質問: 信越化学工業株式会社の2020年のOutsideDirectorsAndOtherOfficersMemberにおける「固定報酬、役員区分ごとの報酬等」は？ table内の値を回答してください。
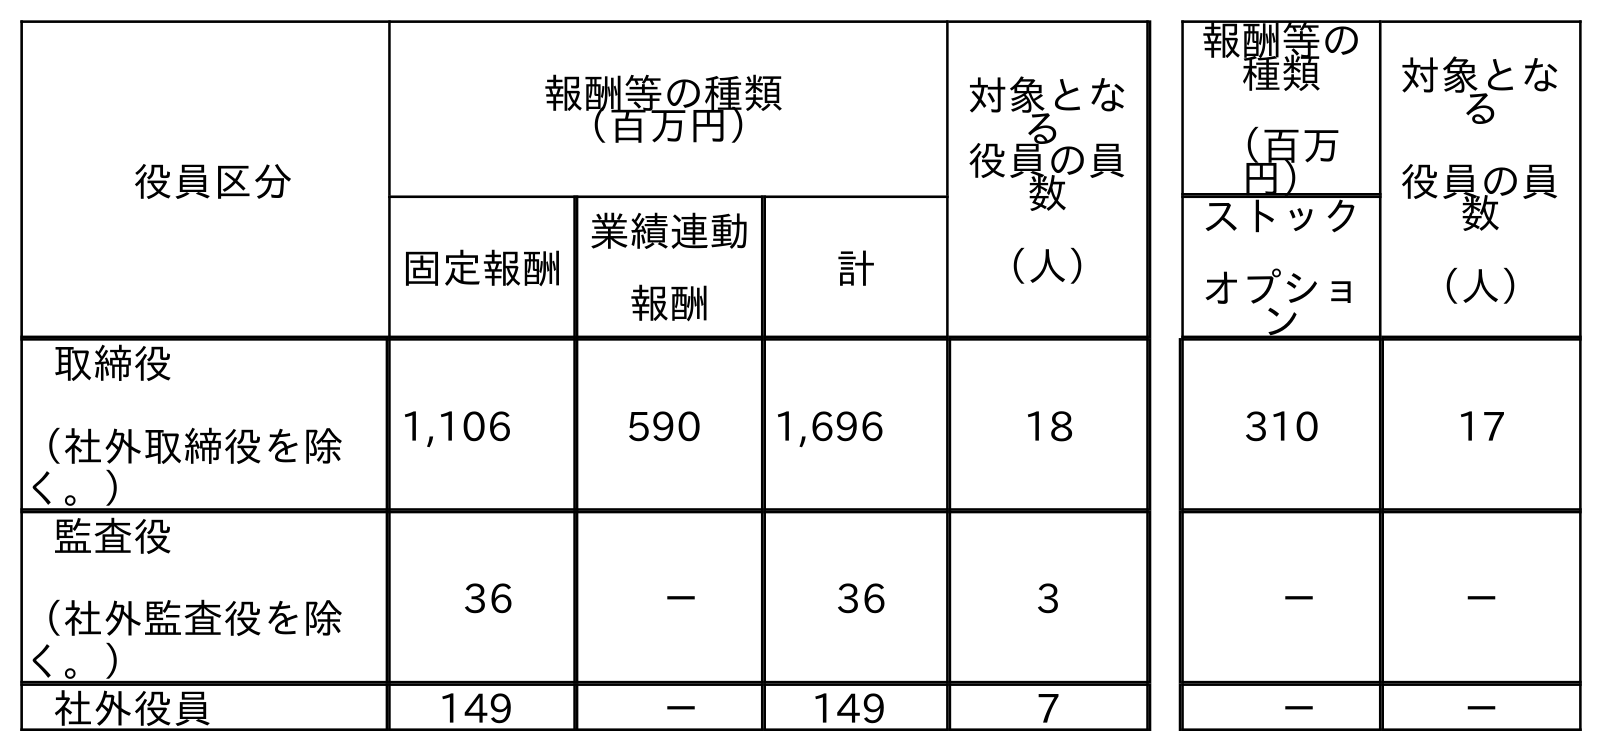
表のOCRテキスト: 役員区分 報酬等の種類 （百万円） 対象とな る 役員の員 数 （人） 報酬等の 種類 （百万 円） 対象とな る 役員の員 数 （人） 固定報酬 業績連動 報酬 計 ストック オプショ ン 取締役 （社外取締役を除 く。） 1,106 590 1,696 18 310 17 監査役 （社外監査役を除 く。） 36 － 36 3 － － 社外役員 149 － 149 7 － －
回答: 149